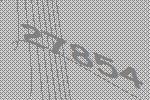
27854